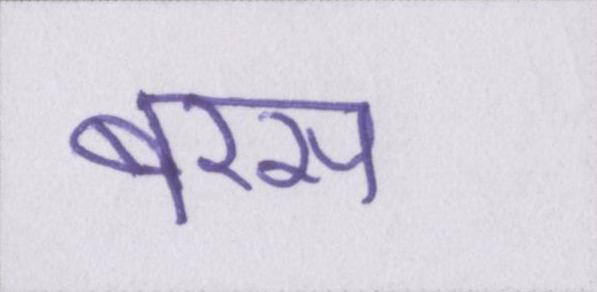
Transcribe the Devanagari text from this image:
बरस